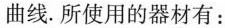
曲线。所使用的器材有：